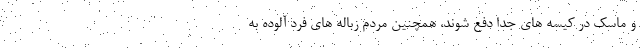
و ماسک در کیسه های جدا دفع شوند، همچنین مردم زباله های فرد آلوده به